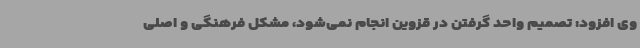
وی افزود: تصمیم واحد گرفتن در قزوین انجام نمی‌شود، مشکل فرهنگی و اصلی